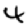
Digit: 4